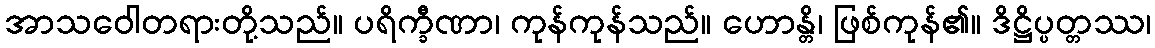
အာသဝေါတရားတို့သည်။ ပရိက္ခီဏာ၊ ကုန်ကုန်သည်။ ဟောန္တိ၊ ဖြစ်ကုန်၏။ ဒိဋ္ဌိပ္ပတ္တဿ၊